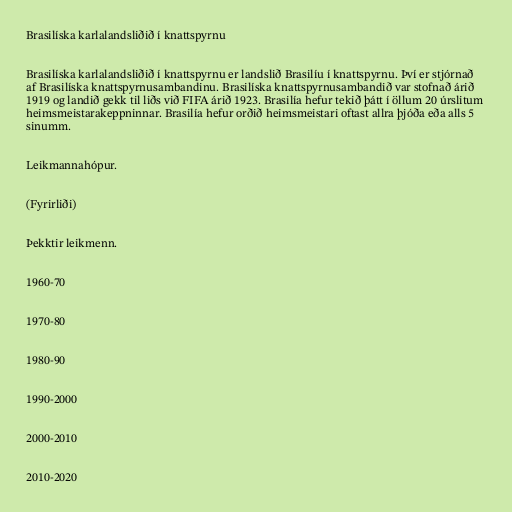
Brasilíska karlalandsliðið í knattspyrnu

Brasilíska karlalandsliðið í knattspyrnu er landslið Brasilíu í knattspyrnu. Því er stjórnað
af Brasilíska knattspyrnusambandinu. Brasilíska knattspyrnusambandið var stofnað árið
1919 og landið gekk til liðs við FIFA árið 1923. Brasilía hefur tekið þátt í öllum 20 úrslitum
heimsmeistarakeppninnar. Brasilía hefur orðið heimsmeistari oftast allra þjóða eða alls 5
sinumm.

Leikmannahópur.

(Fyrirliði)

Þekktir leikmenn.

1960-70

1970-80

1980-90

1990-2000

2000-2010

2010-2020